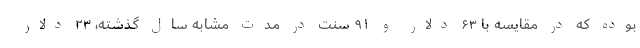
بوده که در مقایسه با ۶۳ دلار و ۹۱ سنت در مدت مشابه سال گذشته، ۲۳ دلار